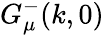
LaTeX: G_{\mu}^{-}(k,0)